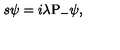
s \psi = i \lambda \mathrm { P } _ { - } \psi ,